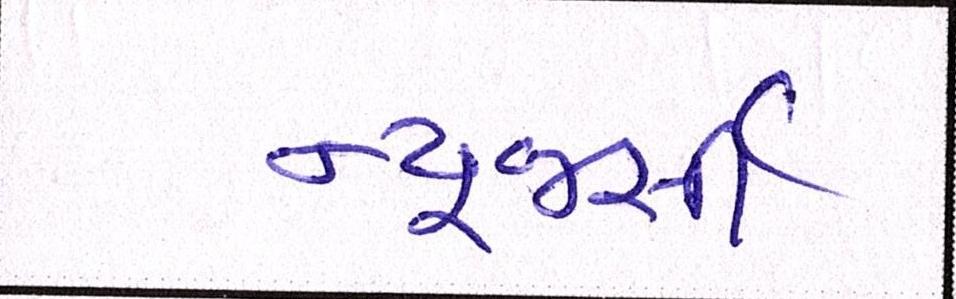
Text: ન્યૂજર્સી